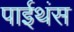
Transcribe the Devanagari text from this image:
पाईथंस